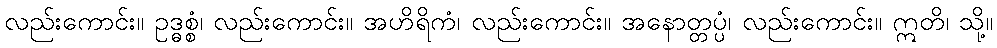
လည်းကောင်း။ ဥဒ္ဓစ္စံ၊ လည်းကောင်း။ အဟိရိကံ၊ လည်းကောင်း။ အနောတ္တပ္ပံ၊ လည်းကောင်း။ ဣတိ၊ သို့။